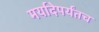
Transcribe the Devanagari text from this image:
मर्यादेपर्यंतच